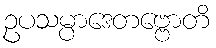
ဥပသမ္ပာဒေတဗ္ဗောတိ